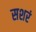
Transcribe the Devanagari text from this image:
सशरं